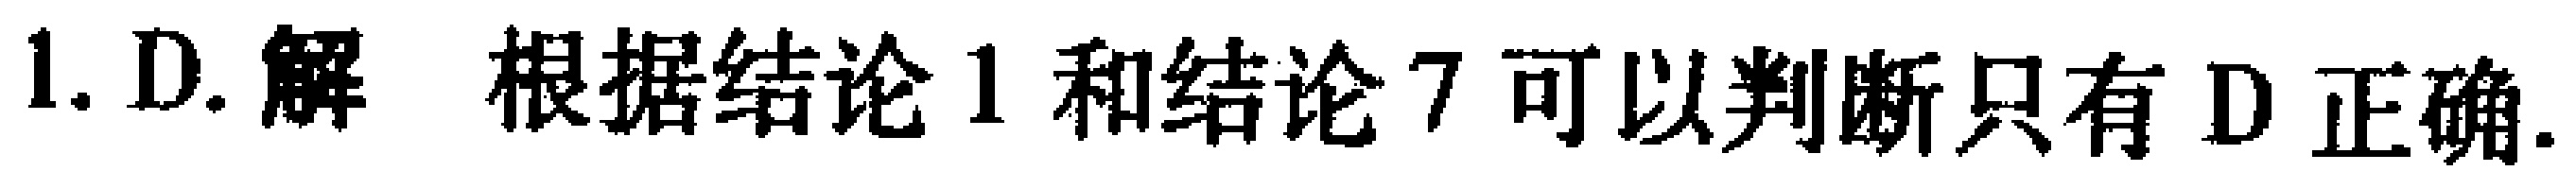
1. D. 解 根据结论 1 和结论 7 可以判断只有 D 正确.